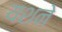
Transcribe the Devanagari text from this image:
यशने